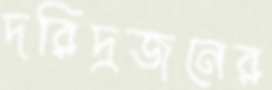
দরিদ্রজনের